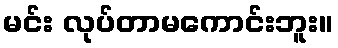
မင်း လုပ်တာမကောင်းဘူး။